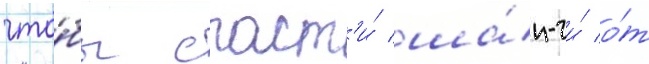
что́бы спаст'и́ ша́н-чи́ о́т